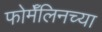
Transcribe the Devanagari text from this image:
फोर्मॅलिनच्या